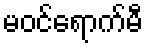
မဝင်ရောက်မီ